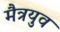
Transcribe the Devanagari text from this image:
मैत्रयुव